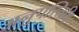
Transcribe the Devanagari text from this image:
अनुपस्तिथि